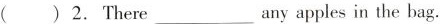
（）2. There ___any apples in the bag.